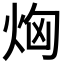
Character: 𤈤